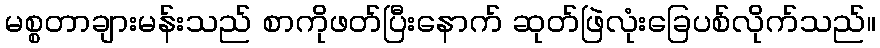
မစ္စတာချားမန်းသည် စာကိုဖတ်ပြီးနောက် ဆုတ်ဖြဲလုံးခြေပစ်လိုက်သည်။